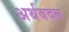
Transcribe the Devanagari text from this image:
अर्थबदल